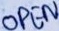
Text: OPEN